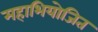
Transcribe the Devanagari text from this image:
महाभियोजित